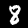
Label: 8